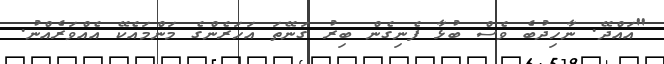
"އައްދޭ. ނާހިދުބެ ވެސް ބުޅާ ފެނިގެން ބިރު ގަނޭތަ އަހަރެންގެ މަންމައެކޭ އެއްވަރެއްނު.